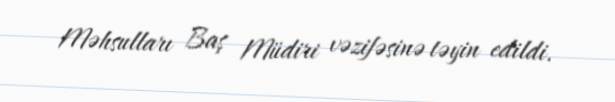
Məhsulları Baş Müdiri vəzifəsinə təyin edildi.